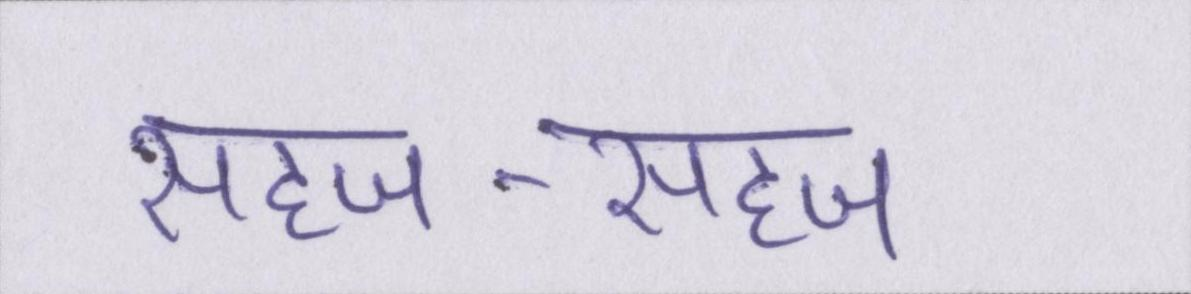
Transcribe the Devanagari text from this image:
सहज-सहज